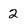
Character: 2